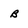
Character: B